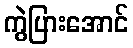
ကွဲပြားအောင်